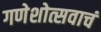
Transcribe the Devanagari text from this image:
गणेशोत्सवाचं